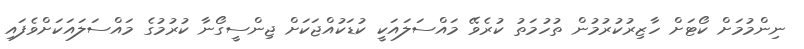
ނިންމުމަށް ކޯޓަށް ހާޒިރުކުރުމުން ތުހުމަތު ކުރެވޭ މައްސަލައަކީ ކުޑަކުއްޖަކަށް ޖިންސީގޯނާ ކުރުމުގެ މައްސަލައަކަށްވެފައި